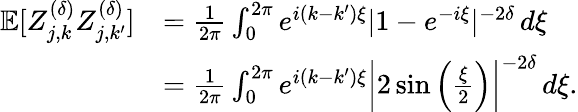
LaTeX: \begin{array}{rl}{\mathbb{E}[Z_{j,k}^{(\delta)}Z_{j,k^{\prime}}^{(\delta)}]}&{=\frac{1}{2\pi}\int_{0}^{2\pi}e^{i(k-k^{\prime})\xi}|1-e^{-i\xi}|^{-2\delta}\, d\xi}\\ &{=\frac{1}{2\pi}\int_{0}^{2\pi}e^{i(k-k^{\prime})\xi}\left|2\sin\left(\frac{\xi}{2}\right)\right|^{-2\delta}\, d\xi.}\end{array}